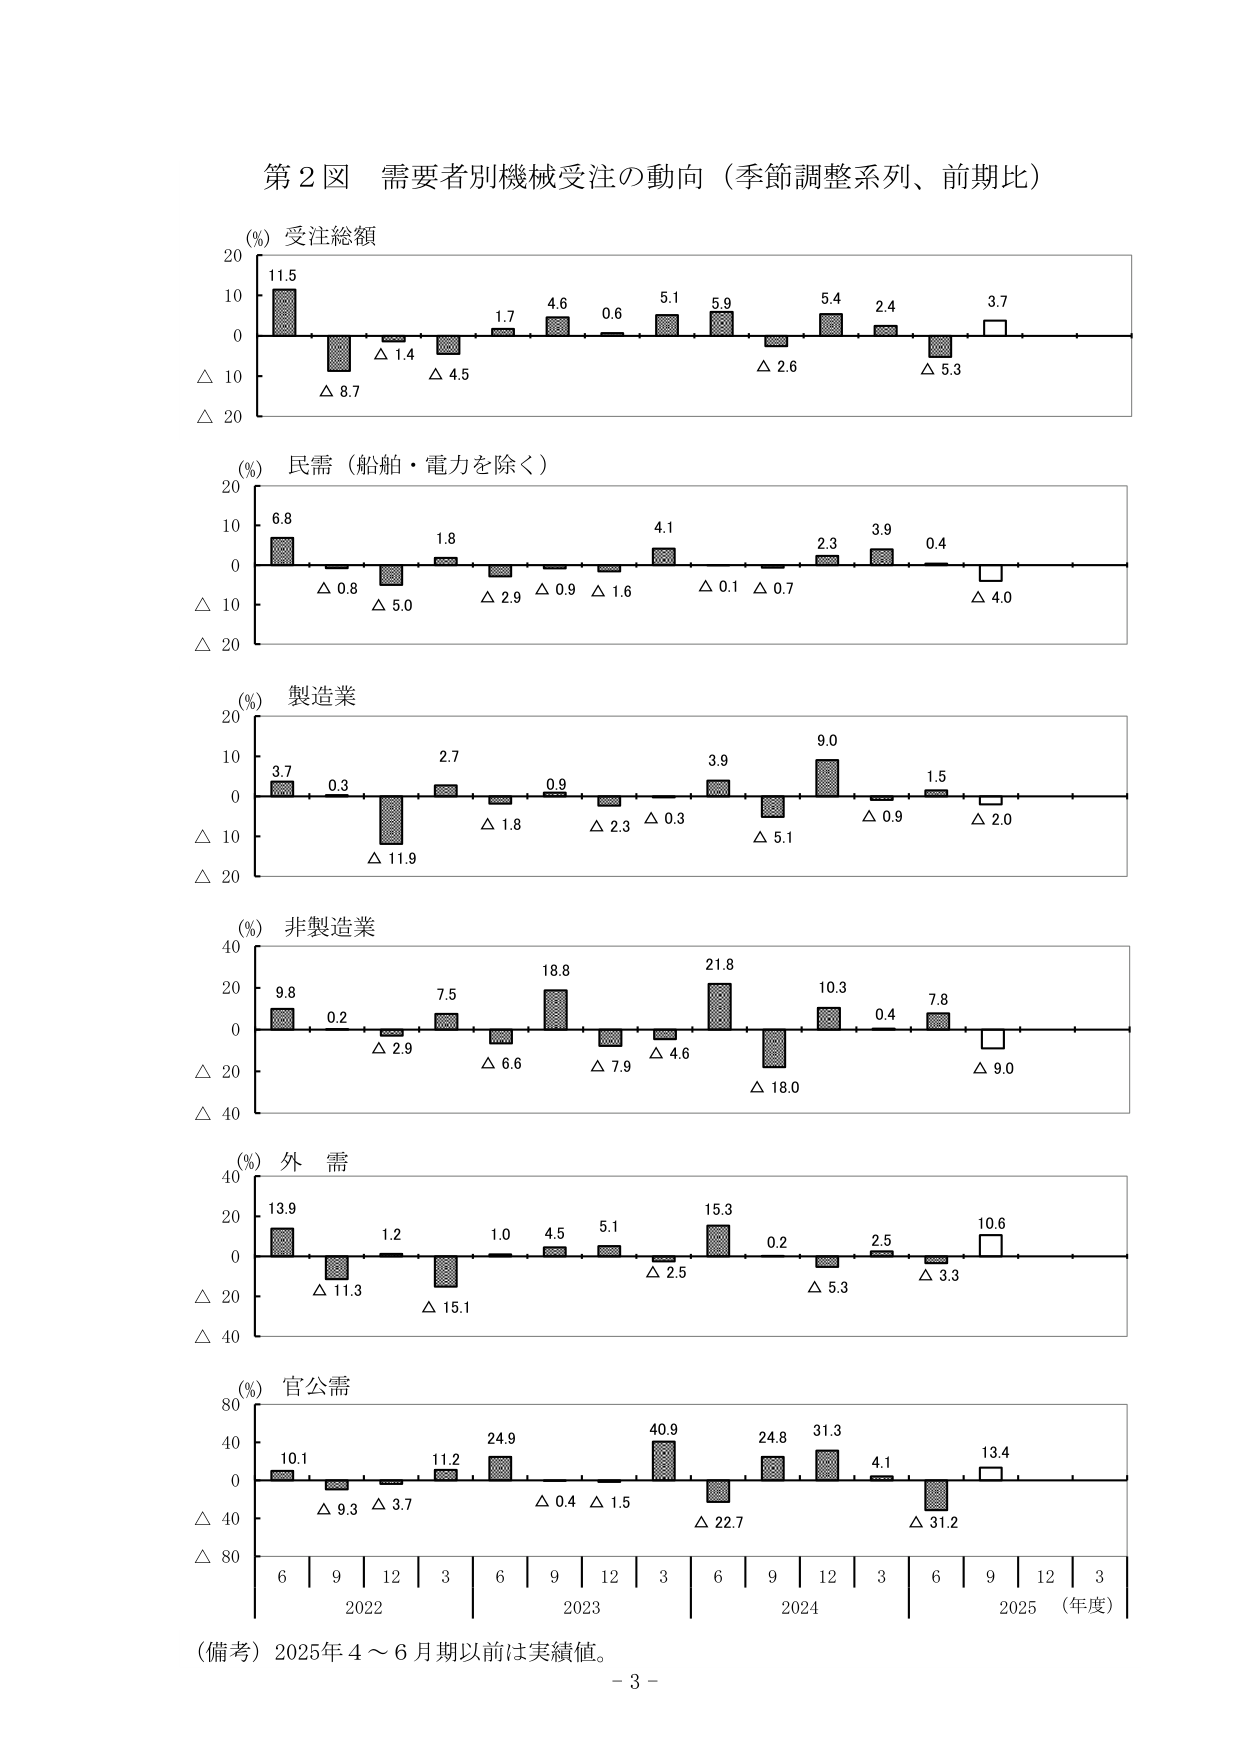
第２図 需要者別機械受注の動向（季節調整系列、前期比）

(%) 受注総額
11.5
△ 8.7
△ 1.4
△ 4.5
1.7
4.6
0.6
5.1
5.9
△ 2.6
5.4
2.4
△ 5.3
3.7
△ 4.0

(%) 民需（船舶・電力を除く）
6.8
△ 0.8
△ 5.0
1.8
△ 2.9
△ 0.9
△ 1.6
4.1
△ 0.1
△ 0.7
2.3
3.9
0.4
△ 4.0

(%) 製造業
3.7
0.3
△ 11.9
2.7
△ 1.8
0.9
△ 2.3
△ 0.3
3.9
△ 5.1
9.0
△ 0.9
1.5
△ 2.0

(%) 非製造業
9.8
0.2
△ 2.9
7.5
△ 6.6
18.8
△ 7.9
△ 4.6
21.8
△ 18.0
10.3
0.4
7.8
△ 9.0

(%) 外 需
13.9
△ 11.3
1.2
△ 15.1
1.0
4.5
5.1
△ 2.5
15.3
0.2
△ 5.3
2.5
△ 3.3
10.6

(%) 官公需
10.1
△ 9.3
△ 3.7
11.2
24.9
△ 0.4
△ 1.5
40.9
△ 22.7
24.8
31.3
4.1
△ 31.2
13.4

6 | 9 | 12 | 3 | 6 | 9 | 12 | 3 | 6 | 9 | 12 | 3 | 6 | 9 | 12 | 3
2022       2023       2024       2025 （年度）

（備考）2025年４～６月期以前は実績値。
- 3 -